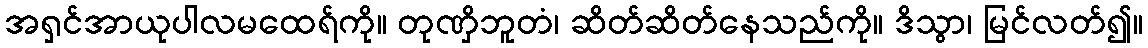
အရှင်အာယုပါလမထေရ်ကို။ တုဏှိဘူတံ၊ ဆိတ်ဆိတ်နေသည်ကို။ ဒိသွာ၊ မြင်လတ်၍။